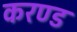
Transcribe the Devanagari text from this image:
करण्ड